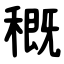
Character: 穊